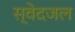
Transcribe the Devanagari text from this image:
स्वेदजल